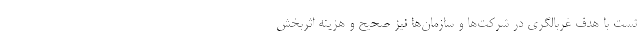
تست با هدف غربالگری در شرکت‌ها و سازمان‌ها نیز صحیح و هزینه اثربخش